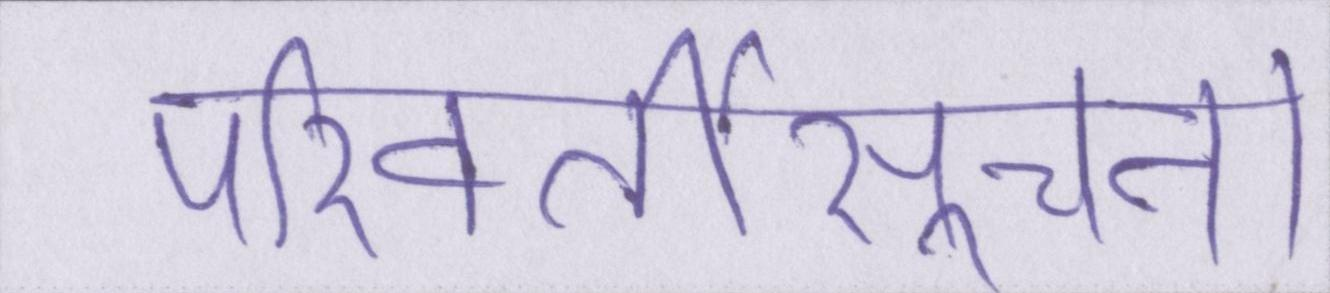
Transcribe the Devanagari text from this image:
परिवर्तीसूचना